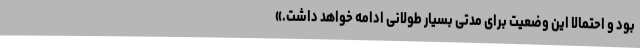
بود و احتمالا این وضعیت برای مدتی بسیار طولانی ادامه خواهد داشت.»